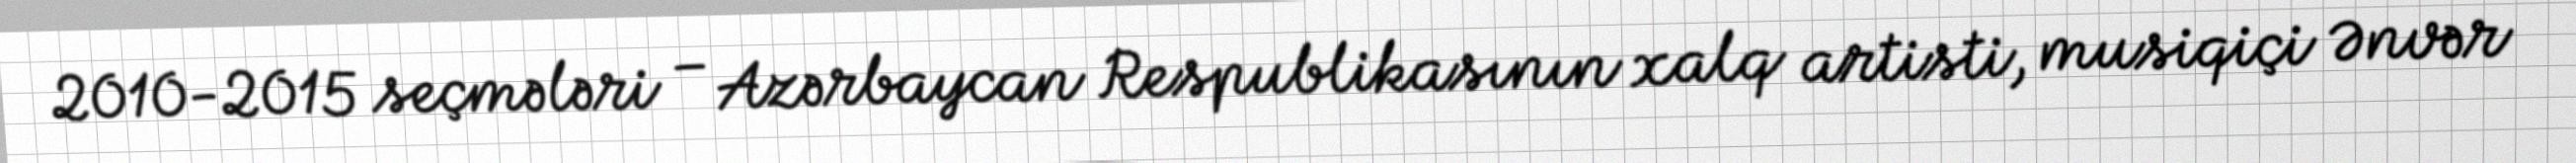
2010-2015 seçmələri – Azərbaycan Respublikasının xalq artisti, musiqiçi Ənvər